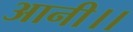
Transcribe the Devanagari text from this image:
आनी।।